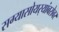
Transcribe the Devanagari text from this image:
सग्यासोयर्‍यांबरोबर